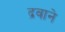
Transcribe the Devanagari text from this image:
द्रवाने